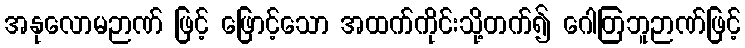
အနုလောမဉာဏ် ဖြင့် ဖြောင့်သော အထက်ကိုင်းသို့တက်၍ ဂေါတြဘူဉာဏ်ဖြင့်